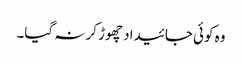
وہ کوئی جائیداد چھوڑ کر نہ گیا۔